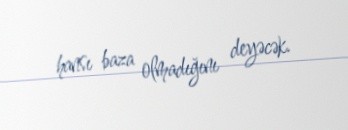
hansı baza olmadığını deyəcək.